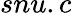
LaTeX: snu.c